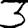
Digit: 3